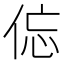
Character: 𱎱